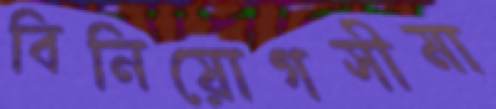
বিনিয়োগসীমা